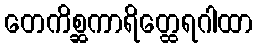
တေကိစ္ဆကာရိတ္ထေရဂါထာ